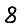
Digit: 8